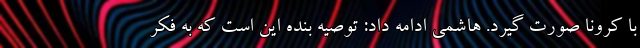
با کرونا صورت گیرد. هاشمی ادامه داد: توصیه بنده این است که به فکر